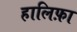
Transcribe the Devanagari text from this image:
हालिफ़ा